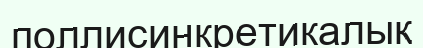
поллисинкретикалық